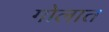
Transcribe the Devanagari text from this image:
गोलात